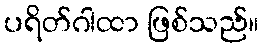
ပရိတ်ဂါထာ ဖြစ်သည်။